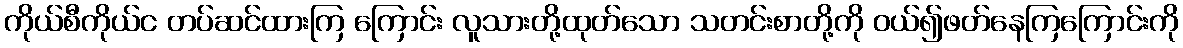
ကိုယ်စီကိုယ်င တပ်ဆင်ထားကြ ကြောင်း လူသားတို့ထုတ်သော သတင်းစာတို့ကို ဝယ်၍ဖတ်နေကြကြောင်းကို